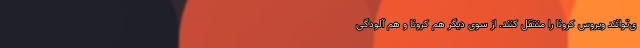
ی‌توانند ویروس کرونا را منتقل کنند. از سوی دیگر هم کرونا و هم آلودگی